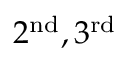
2 ^ { \mathrm { n d } } , 3 ^ { \mathrm { r d } }